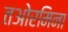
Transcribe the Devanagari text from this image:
तओरमिना